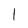
Character: l